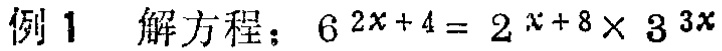
例1 解方程：\(6^{2x + 4}=2^{x + 8}\times3^{3x}\)